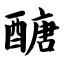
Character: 醣